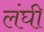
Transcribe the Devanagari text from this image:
लंघी